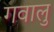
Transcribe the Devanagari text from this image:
गवालु